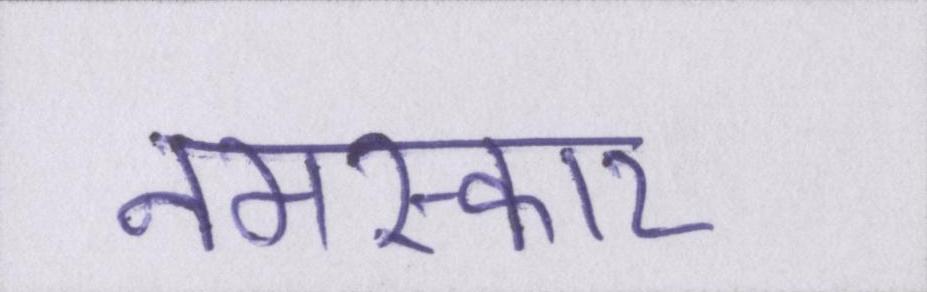
नमस्कार